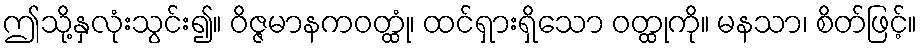
ဤသို့နှလုံးသွင်း၍။ ဝိဇ္ဇမာနကဝတ္ထုံ၊ ထင်ရှားရှိသော ဝတ္ထုကို။ မနသာ၊ စိတ်ဖြင့်။